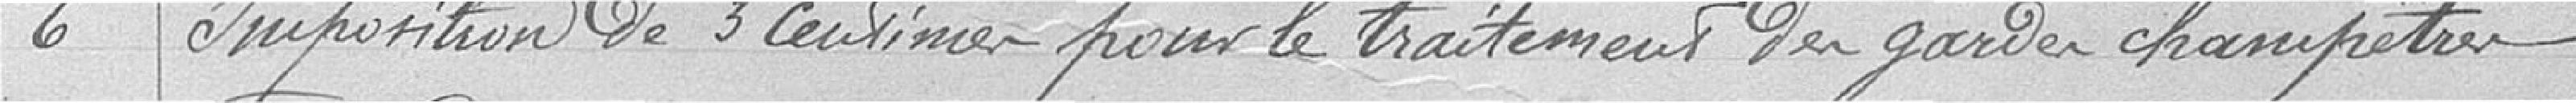
6 / Imposition de 3 centimes pour le traitement des gardes champêtres